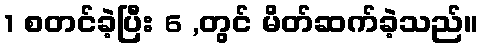
1 စတင်ခဲ့ပြီး 6 ,တွင် မိတ်ဆက်ခဲ့သည်။